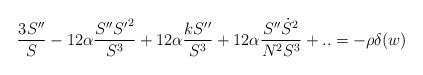
LaTeX: \begin{align*}\frac{3S''}{S}-12 \alpha \frac{ S'' {S'}^2}{S^3}+ 12 \alpha \frac{k S''}{S^3}+12 \alpha \frac{ S'' \dot S^2}{N^2S^3}+..=- \rho \delta(w)\end{align*}